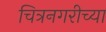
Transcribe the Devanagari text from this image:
चित्रनगरीच्या